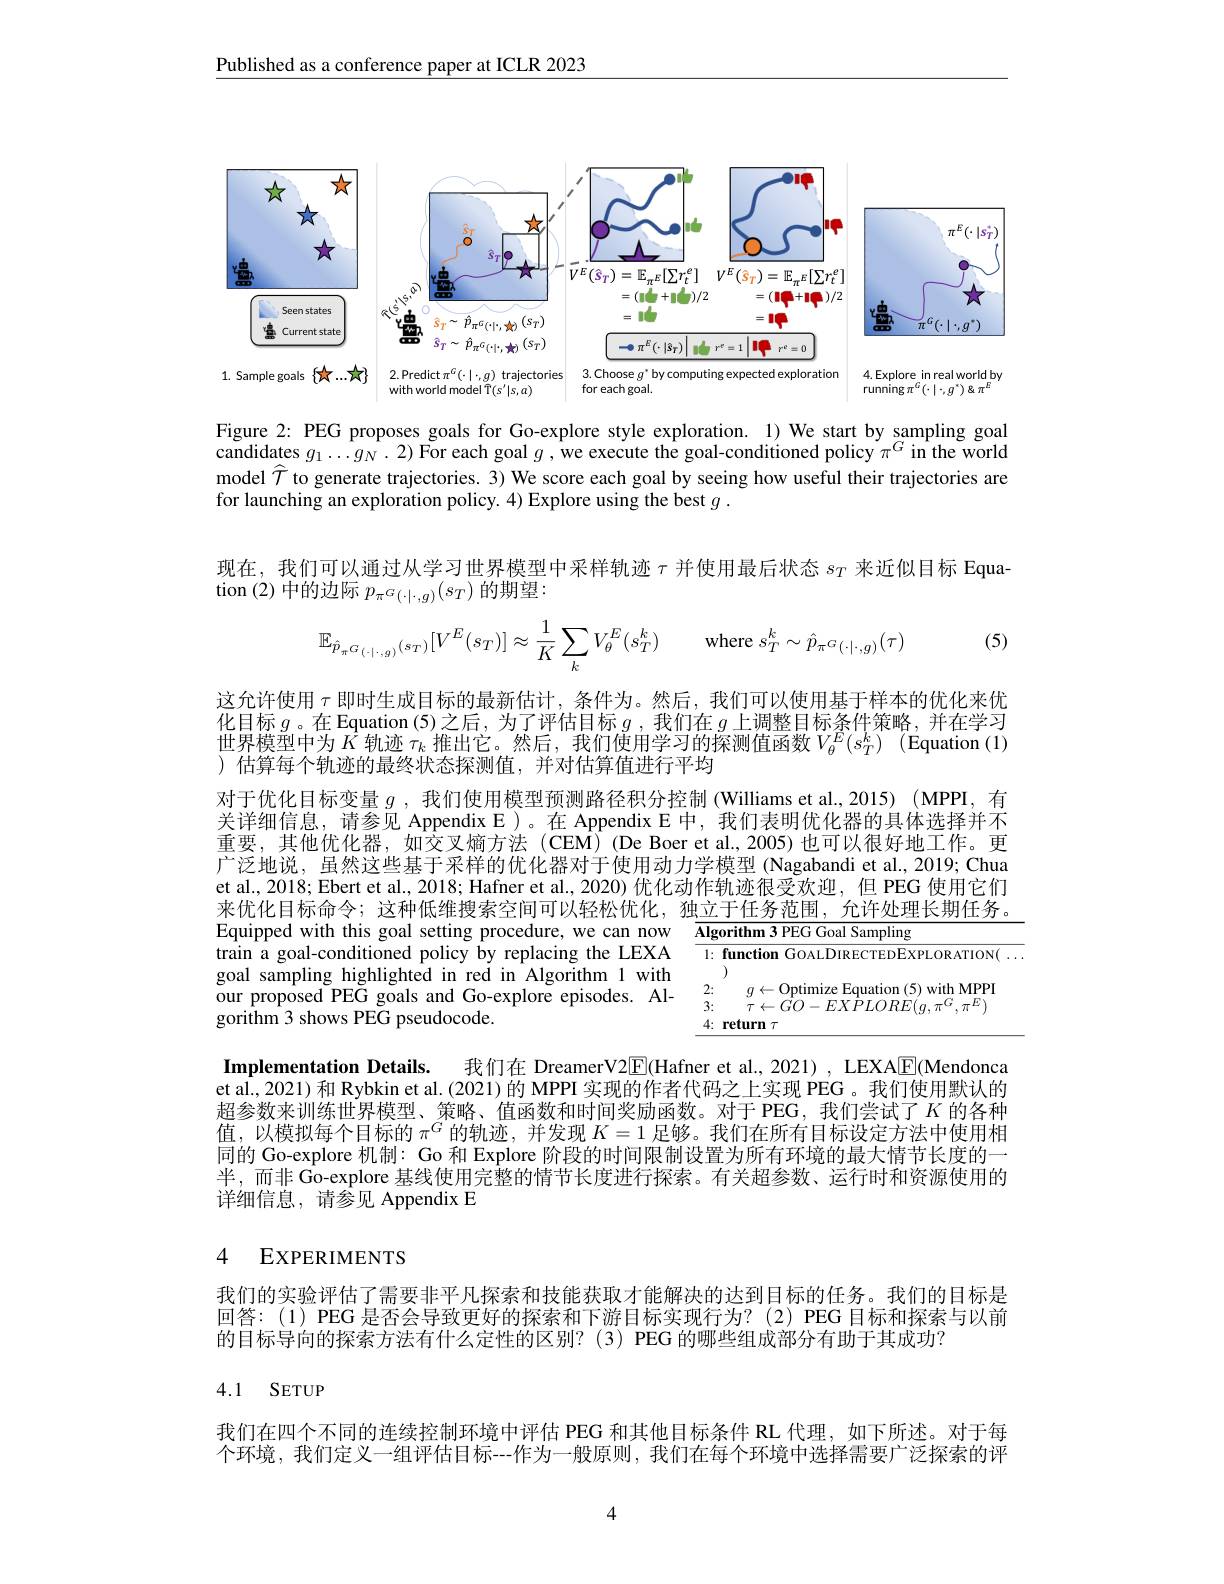
Published as a conference paper at ICLR 2023

<FigureHere>

Figure 2: PEG proposes goals for Go-explore style exploration. 1) We start by sampling goal candidates $g_1\ldots g_N.2)$ For each goal $g$,we execute the goal-conditioned policy $\pi^G$ in the world model $\widehat{T}$ to generate trajectories. 3) We score each goal by seeing how useful their trajectories are for launching an exploration policy. 4) Explore using the best $g.$

现在，我们可以通过从学习世界模型中采样轨迹$\tau$并使用最后状态$s_T$来近似目标 Equa-
$\tan{(2)}$中的边际$p_\pi^G(\cdot|\cdot,g)(s_T)$的期望：
$$\mathbb{E}_{\hat{p}_{\pi^G(\cdot|\cdot,g)}(s_T)}[V^E(s_T)]\approx\frac{1}{K}\sum_kV_\theta^E(s_T^k)\quad\mathrm{where}\:s_T^k\sim\hat{p}_{\pi^G(\cdot|\cdot,g)}(\tau)$$
(5)

这允许使用$\tau$即时生成目标的最新估计，条件为。然后，我们可以使用基于样本的优化来优化目标 $g$。在 Equation (5)之后，为了评估目标 $g$ ,我们在 $g$ 上调整目标条件策略，并在学习出用描型中心$U$制市 提出$\Xi$ 的中心$\Xi$ $\begin{array}{c}{\text{世界模型中为 }\hat{K}\text{ 轨迹 }\tau_{k}\text{ 推出它。然后，我们使用学习的探测值函数}V_{\theta}^{E}(s_{T}^{k})}&{(\mathrm{Equation~}(1)}\\{\text{)估算每个轨迹的最终状态探测值，并对估算值进行平均}}\end{array}$

对于优化目标变量$g$ ,我们使用模型预测路径积分控制 (Williams et al.,2015) (MPPI, 有关详细信息，请参见 Appendix E)。在 Appendix E 中，我们表明优化器的具体选择并不重要，其他优化器，如交叉熵方法(CEM)(De Boer et al.,2005)也可以很好地工作。更广泛地说，虽然这些基于采样的优化器对于使用动力学模型(Nagabandi et al., 2019; Chua et al., 2018; Ebert et al., 2018; Hafner et al., 2020) 优化动作轨迹很受欢迎，但 PEG 使用它们来优化目标命令；这种低维搜索空间可以轻松优化，独立于任务范围，允许处理长期任务。

Equipped with this goal setting procedure, we can now train a goal-conditioned policy by replacing the LEXA goal sampling highlighted in red in Algorithm 1 with
<table>
	<tbody>
		<tr>
			<td>$\overline{\mathbf{Alg}(}$</td>
			<td>${\mathrm{rithm~3~PEG~Goal~Sampling}}$</td>
		</tr>
		<tr>
			<td>1: 1 T T</td>
			<td>function GOALDIRECTEDEXPLORATION(</td>
		</tr>
		<tr>
			<td>2:</td>
			<td>$q\leftarrow$Optimize Equation (5) with MPPI</td>
		</tr>
		<tr>
			<td>3:</td>
			<td>$CO$ $E,X$</td>
		</tr>
		<tr>
			<td>4:</td>
			<td>mrm 7</td>
		</tr>
	</tbody>
</table>
our proposed PEG goals and Go-explore episodes. Al-
gorithm 3 shows PEG pseudocode.

我们在 DreamerV2$\boxed{\mathrm{E}}$(Hafner et al., 2021) , LEXA$\boxed{\mathrm{F}}$(Mendonca
Implementation Details.
et al., 2021) 和 Rybkin et al. (2021) 的 MPPI 实现的作者代码之上实现 PEG 。我们使用默认的超参数来训练世界模型、策略、值函数和时间奖励函数。对于 PEG,我们尝试了$K$的各种值，以模拟每个目标的$\pi^G$的轨迹，并发现$K=1$足够。我们在所有目标设定方法中使用相同的 Go-explore 机制：Go 和 Explore 阶段的时间限制设置为所有环境的最大情节长度的一半，而非 Go-explore 基线使用完整的情节长度进行探索。有关超参数、运行时和资源使用的详细信息，请参见 Appendix E

### 4 EXPERIMENTS

我们的实验评估了需要非平凡探索和技能获取才能解决的达到目标的任务。我们的目标是回答：(1) PEG 是否会导致更好的探索和下游目标实现行为？(2) PEG 目标和探索与以前的目标导向的探索方法有什么定性的区别？(3) PEG 的哪些组成部分有助于其成功？

## 4.1 SETUP

我们在四个不同的连续控制环境中评估 PEG 和其他目标条件 RL 代理，如下所述。对于每个环境，我们定义一组评估目标--作为一般原则，我们在每个环境中选择需要广泛探索的评

4